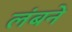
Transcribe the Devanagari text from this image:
लंबने